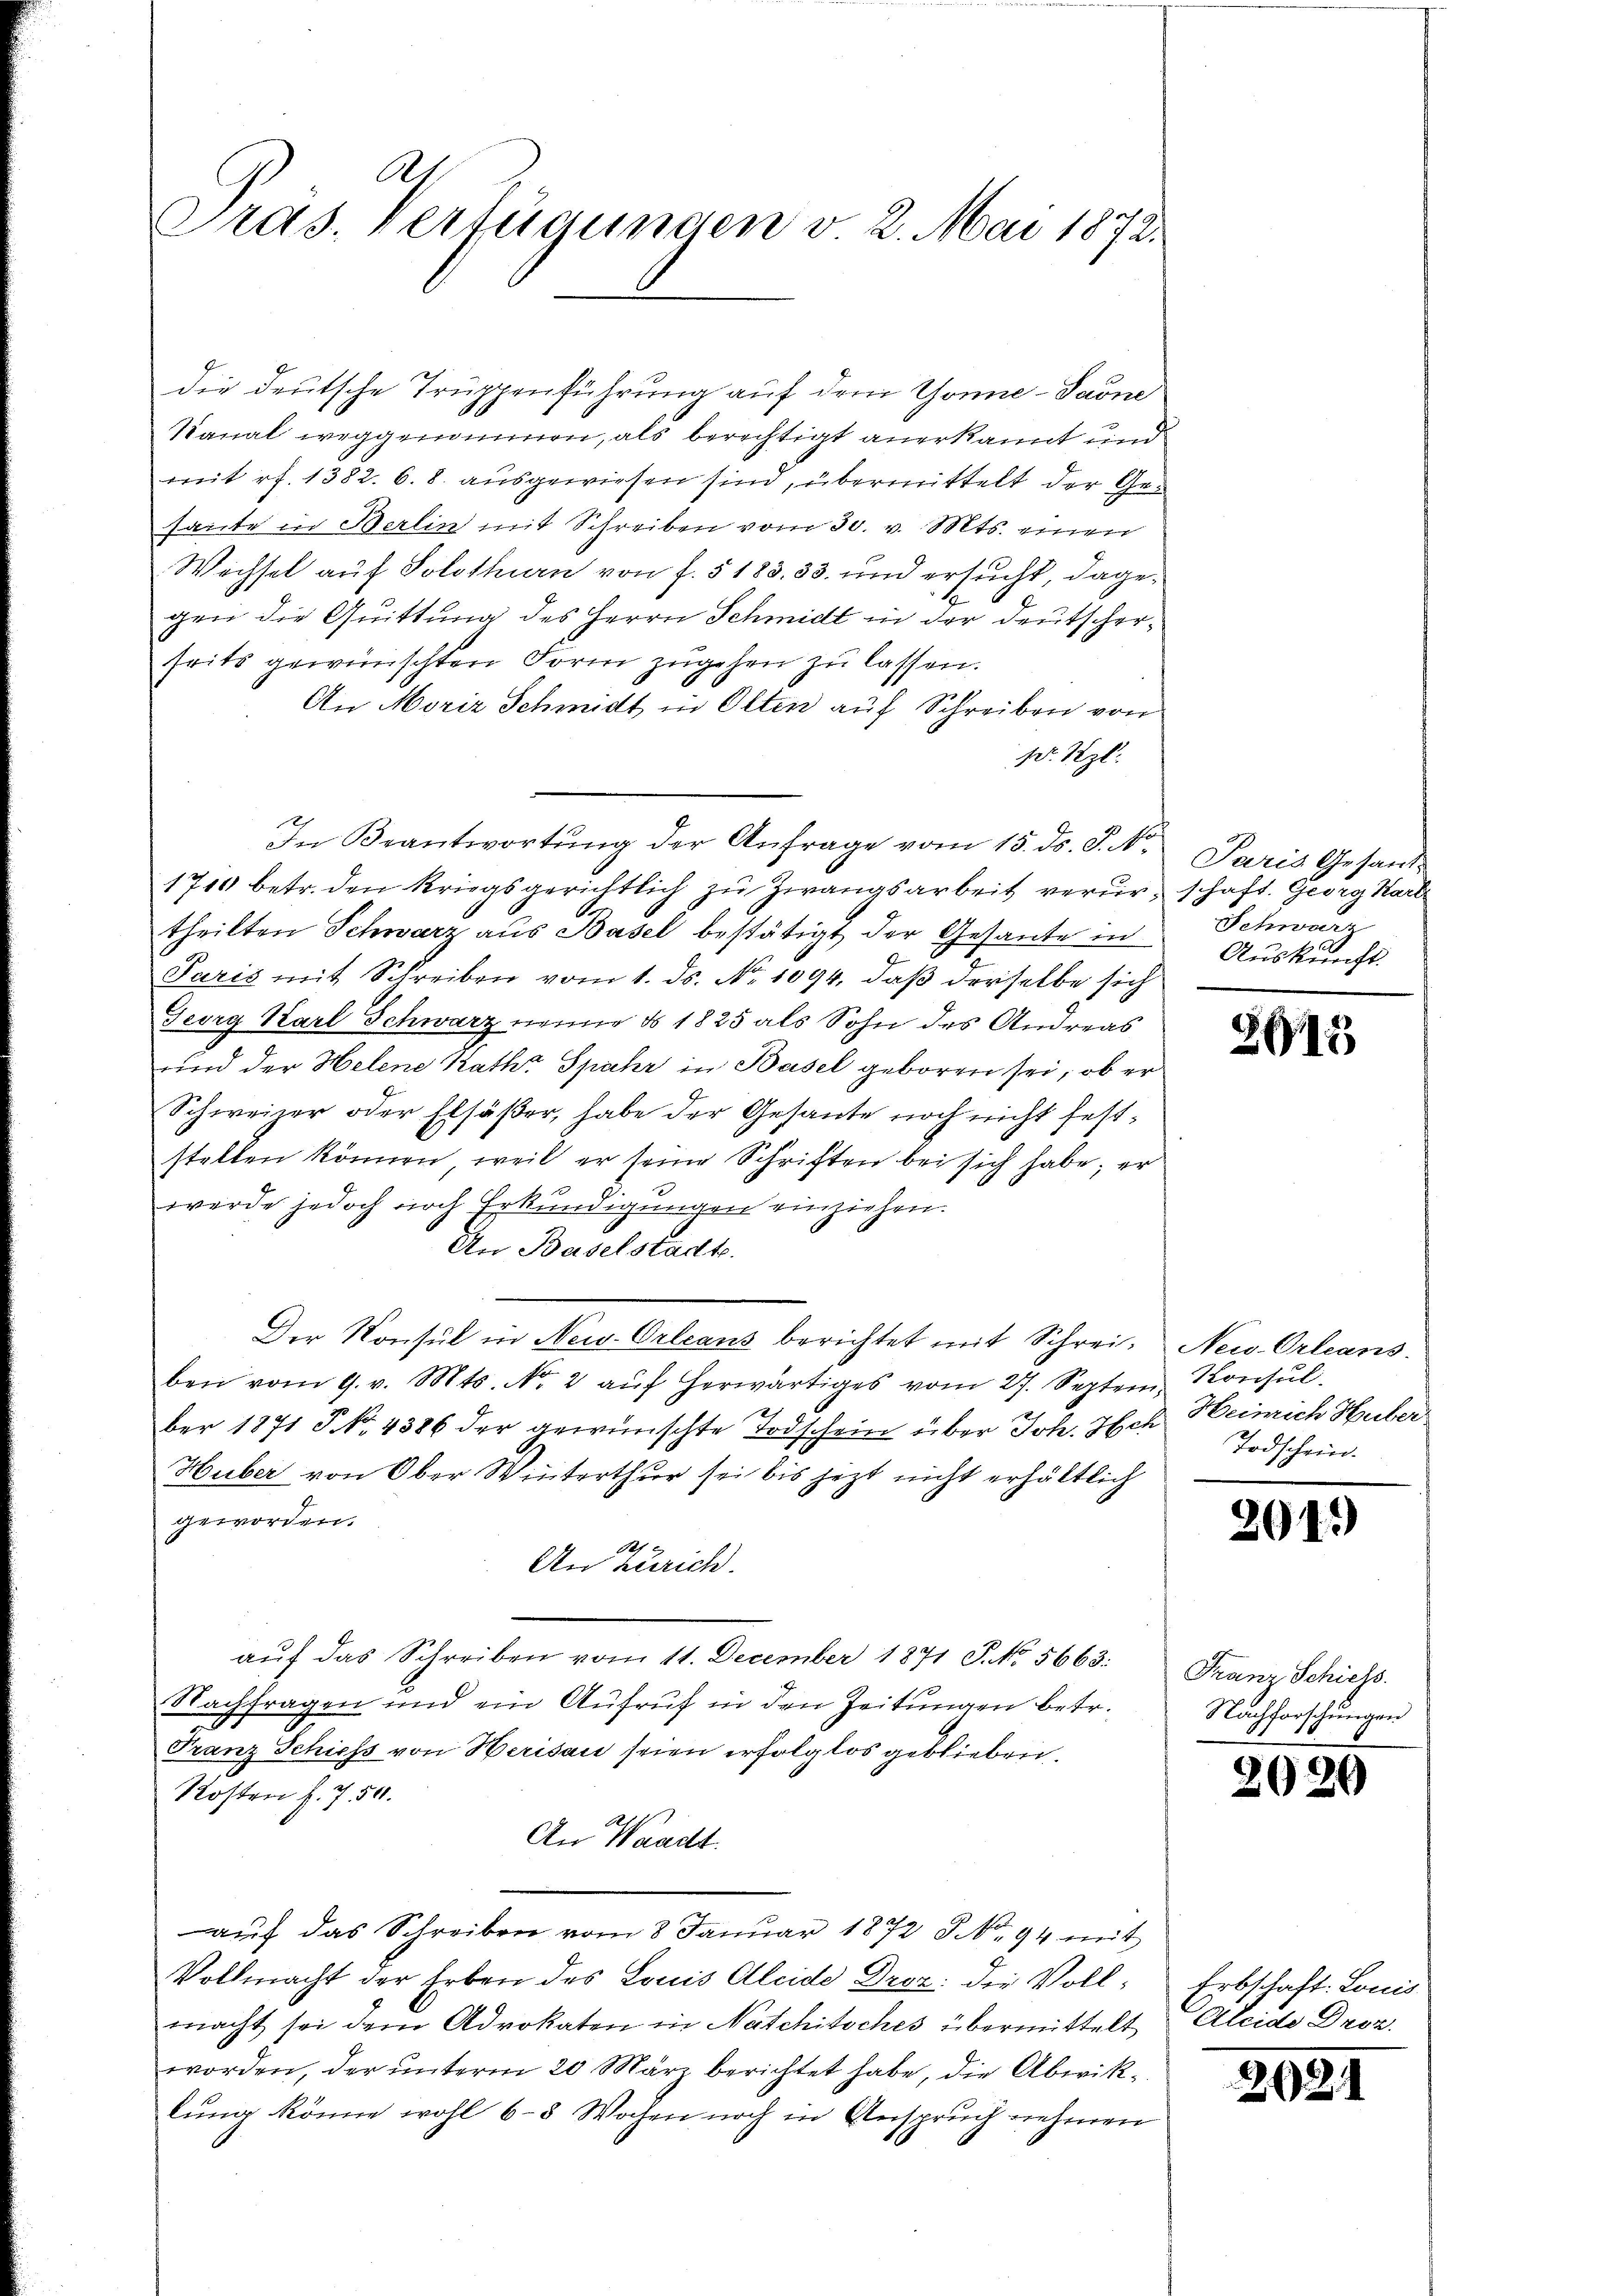
A
Präs. Verfügungen v. 2. Mai 1872.

die deutsche Truppenführung auf dem Tonne-Parne
Kanal weggenommen, als berechtigt anerkannt und
mit rf. 1382. 6. 8. ausgewiesen sind, übermittelt der Gesante in Berlin mit Schreiben vom 30. v. Mts. einen
Wechsel auf Solothurn von f. 5183. 33. und ersucht, dagegen die Quittung des Herrn Schmidt in der Deutscherseits gewünschten Form zugehen zu lassen.
An Moriz Schmidt in Olten auf Schreiben von
1 Szl.
1710 betr. den Kriegsgerichtlich zu Zwangsarbeit verurtheilten Schwarz aus Basel bestätigt der Gesante in
Paris mit Schreiben vom 1. ds. No. 1094, daß derselbe sich
Georg Karl Schwarz neun § 1825 als Sohn des Andreas
und der Helene Raths Spahr in Basel geboren sei, ob er
Schweiner oder Elsäßer, habe der Gesante noch nicht feststellen können, weil er seine Schriften bei sich habe; er
wurde jedoch noch Erkundigungen einziehen.
An Baselstadt.
Der Konsul in New-Orleans berichtet mit Schrei. New-Orleans
ben vom 9. v. Mts. No. 2 aŭf herwärtiges vom 27. Septem Konsŭl.
ber 1871 P. Nr. 4386 der gewünschte Todschein über Joh. Hch. Heinrich Huber
Huber von Ober Winterthur sei bis jezt nicht erhältlich
geworden.
1
An Zürich.
aŭf das Schreiben vom 11. December 1871 S. No. 5663:
Nachfragen und ein Aufruf in den Zeitungen betr.
Franz Schiess von Herisau seien erfolglos geblieben,
Kosten f. 750.
An Waadt.
aŭf das Schreiben vom 8 Januar 1872 S. 94 mit
Vollmacht der Erben des Louis Aleide Droz. die Vollmacht sei dem Advokaten in Natchitsches übermittelt
worden, der unterm 20. März berichtet habe, die Abwiklung könne wohl 6-8 Wochen noch in Anspruch nehmen

In Beantwortung der Anfrage vom 15. ds. S. N.

Paris Gesandschaft. Georg Karl
Schwarz
Auskunft.

2613

Todschein.

201.

2

262.

Franz Schiess.
Nachforschungen

21

Erbschaft. Lonis
Aleide Droz.